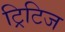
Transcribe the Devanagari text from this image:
ट्रिटिज